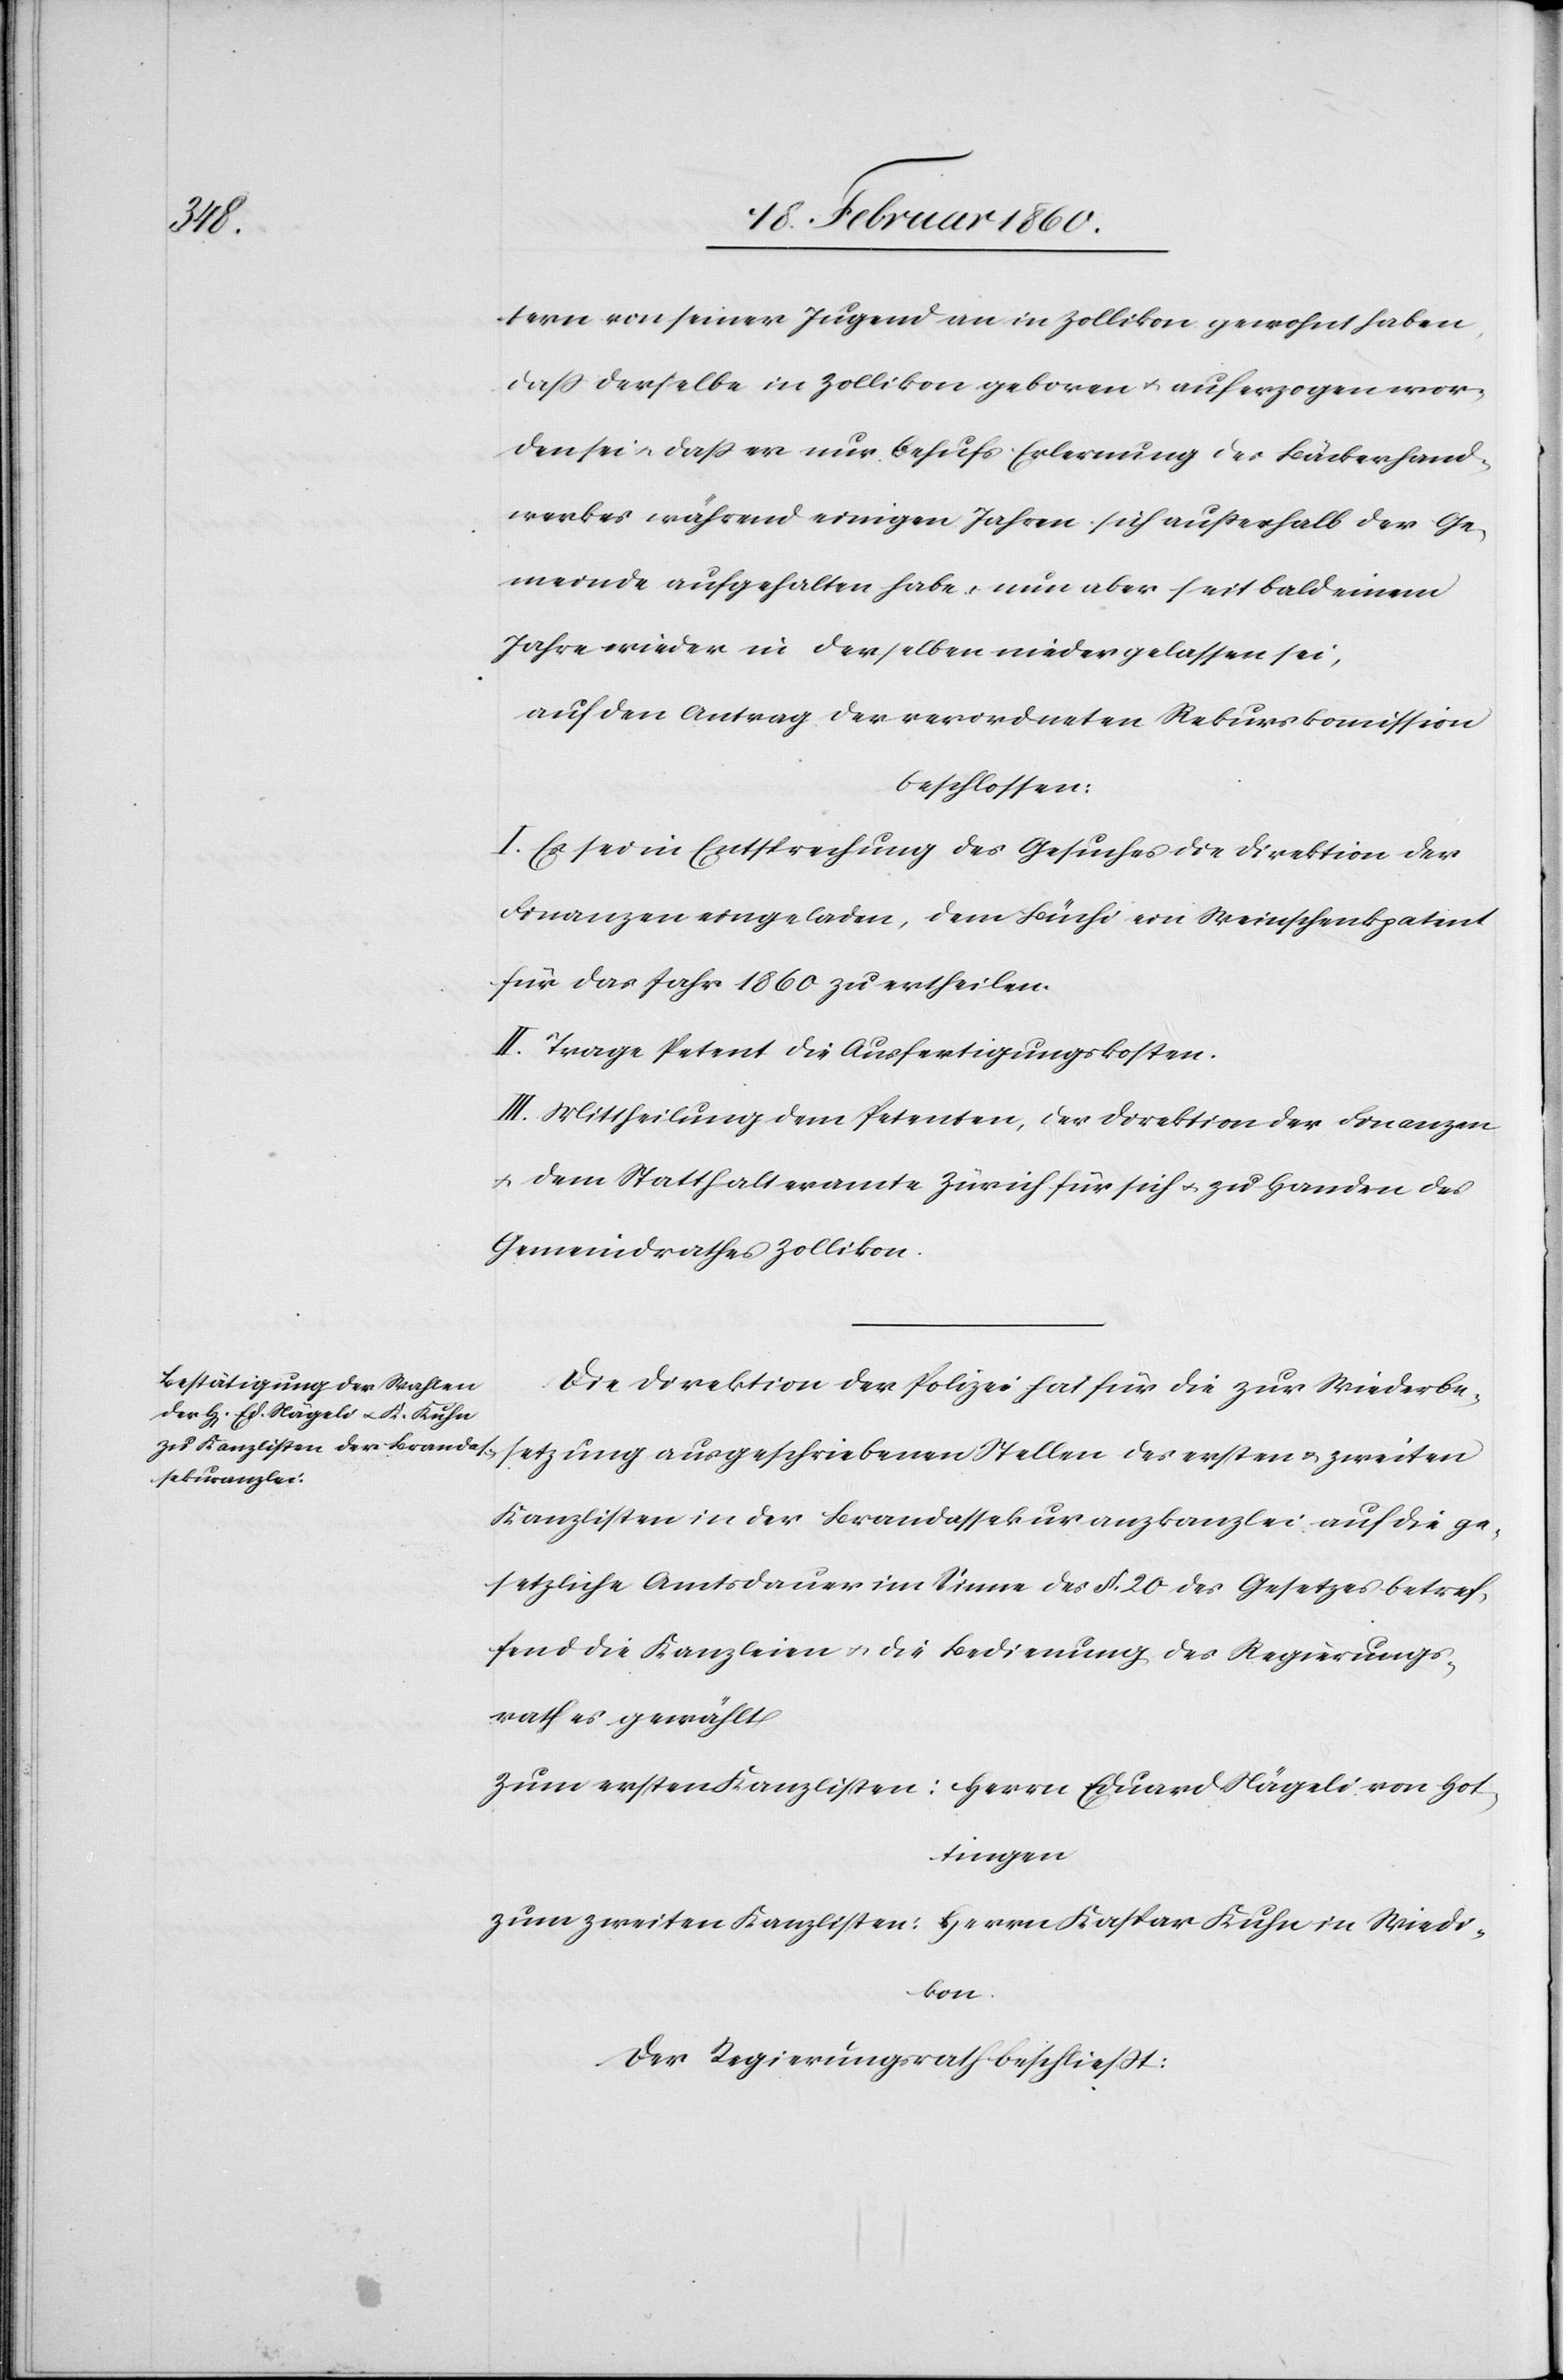
tern von seiner Jugend an in Zollikon gewohnt haben,
dass derselbe in Zollikon geboren u. auferzogen wor¬
den sei u. dass er nur behufs Erlernung des Bäckerhand¬
werkes während einigen Jahren sich außerhalb der Ge¬
meinde aufgehalten habe u. nun aber seit bald einem
Jahre wieder in derselben niedergelassen sei,
auf den Antrag der verordneten Rekurskomission
beschlossen;
I. Es sei in Entsprechung des Gesuches die Direktion der
Finanzen eingeladen, dem Büchi ein Weinschenkpatent
für das Jahr 1860 zu erheilen.
II. Trage Petent die Ausfertigungskosten.
III. Mittheilung dem Petenten, der Direktion der Finanzen
u. dem Statthalteramte Zürich für sich u. zu Handen des
Gemeindrathes Zollikon
Die Direktion der Polizei hat für die zur Wiederbe¬
setzung ausgeschriebenen Stellen des ersten u. zweiten
Kanzlisten in der Brandassekuranzkanzlei auf die ge¬
setzliche Amtsdauer im Sinne des §. 20. des Gesetzes betref¬
fend die Kanzleien u. die Bedienung des Regierungs¬
rathes gewählt
zum ersten Kanzlisten: Herrn Eduard Nägeli von Hot¬
tingen
zum zweiten Kanzlisten: Herrn Kaspar Kuhn in Wiedi¬
kon.
der Regierungsrath beschliesst: